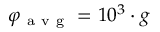
\varphi _ { \mathrm { ~ a ~ v ~ g ~ } } = 1 0 ^ { 3 } \cdot g